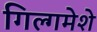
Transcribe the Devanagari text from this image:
गिल्गमेशे